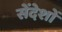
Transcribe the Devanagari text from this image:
सेंदेशों